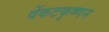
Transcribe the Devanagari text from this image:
वेंकटकृष्णन